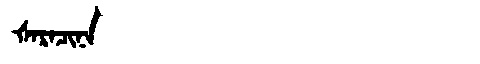
Manchu: ᡧᠠᡵᠠᠴᡳᠨᠠ
Romanization: ŠARACINA